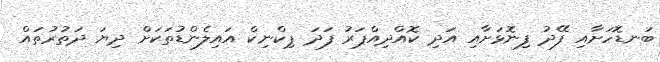
ބަނޑޮހަށާއި ފޭދު ފިނޮޅަށާއި އަދި ކޮއްދިއްޕަރު ފަދަ ޕިކްނިކް އަައިލެންޑުތަކަށް ދިޔަ ދަތުރުތައް